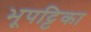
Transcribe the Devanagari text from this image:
भूपट्टिका